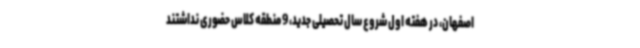
اصفهان، در هفته اول شروع سال تحصیلی جدید، 9 منطقه کلاس حضوری نداشتند